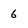
Character: 6